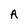
Character: A